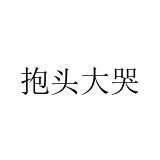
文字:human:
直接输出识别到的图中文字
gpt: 抱头大哭